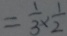
= \frac { 1 } { 3 } \times \frac { 1 } { 2 }